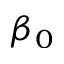
\beta _ { 0 }